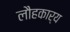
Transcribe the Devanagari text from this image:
लौहकार्य